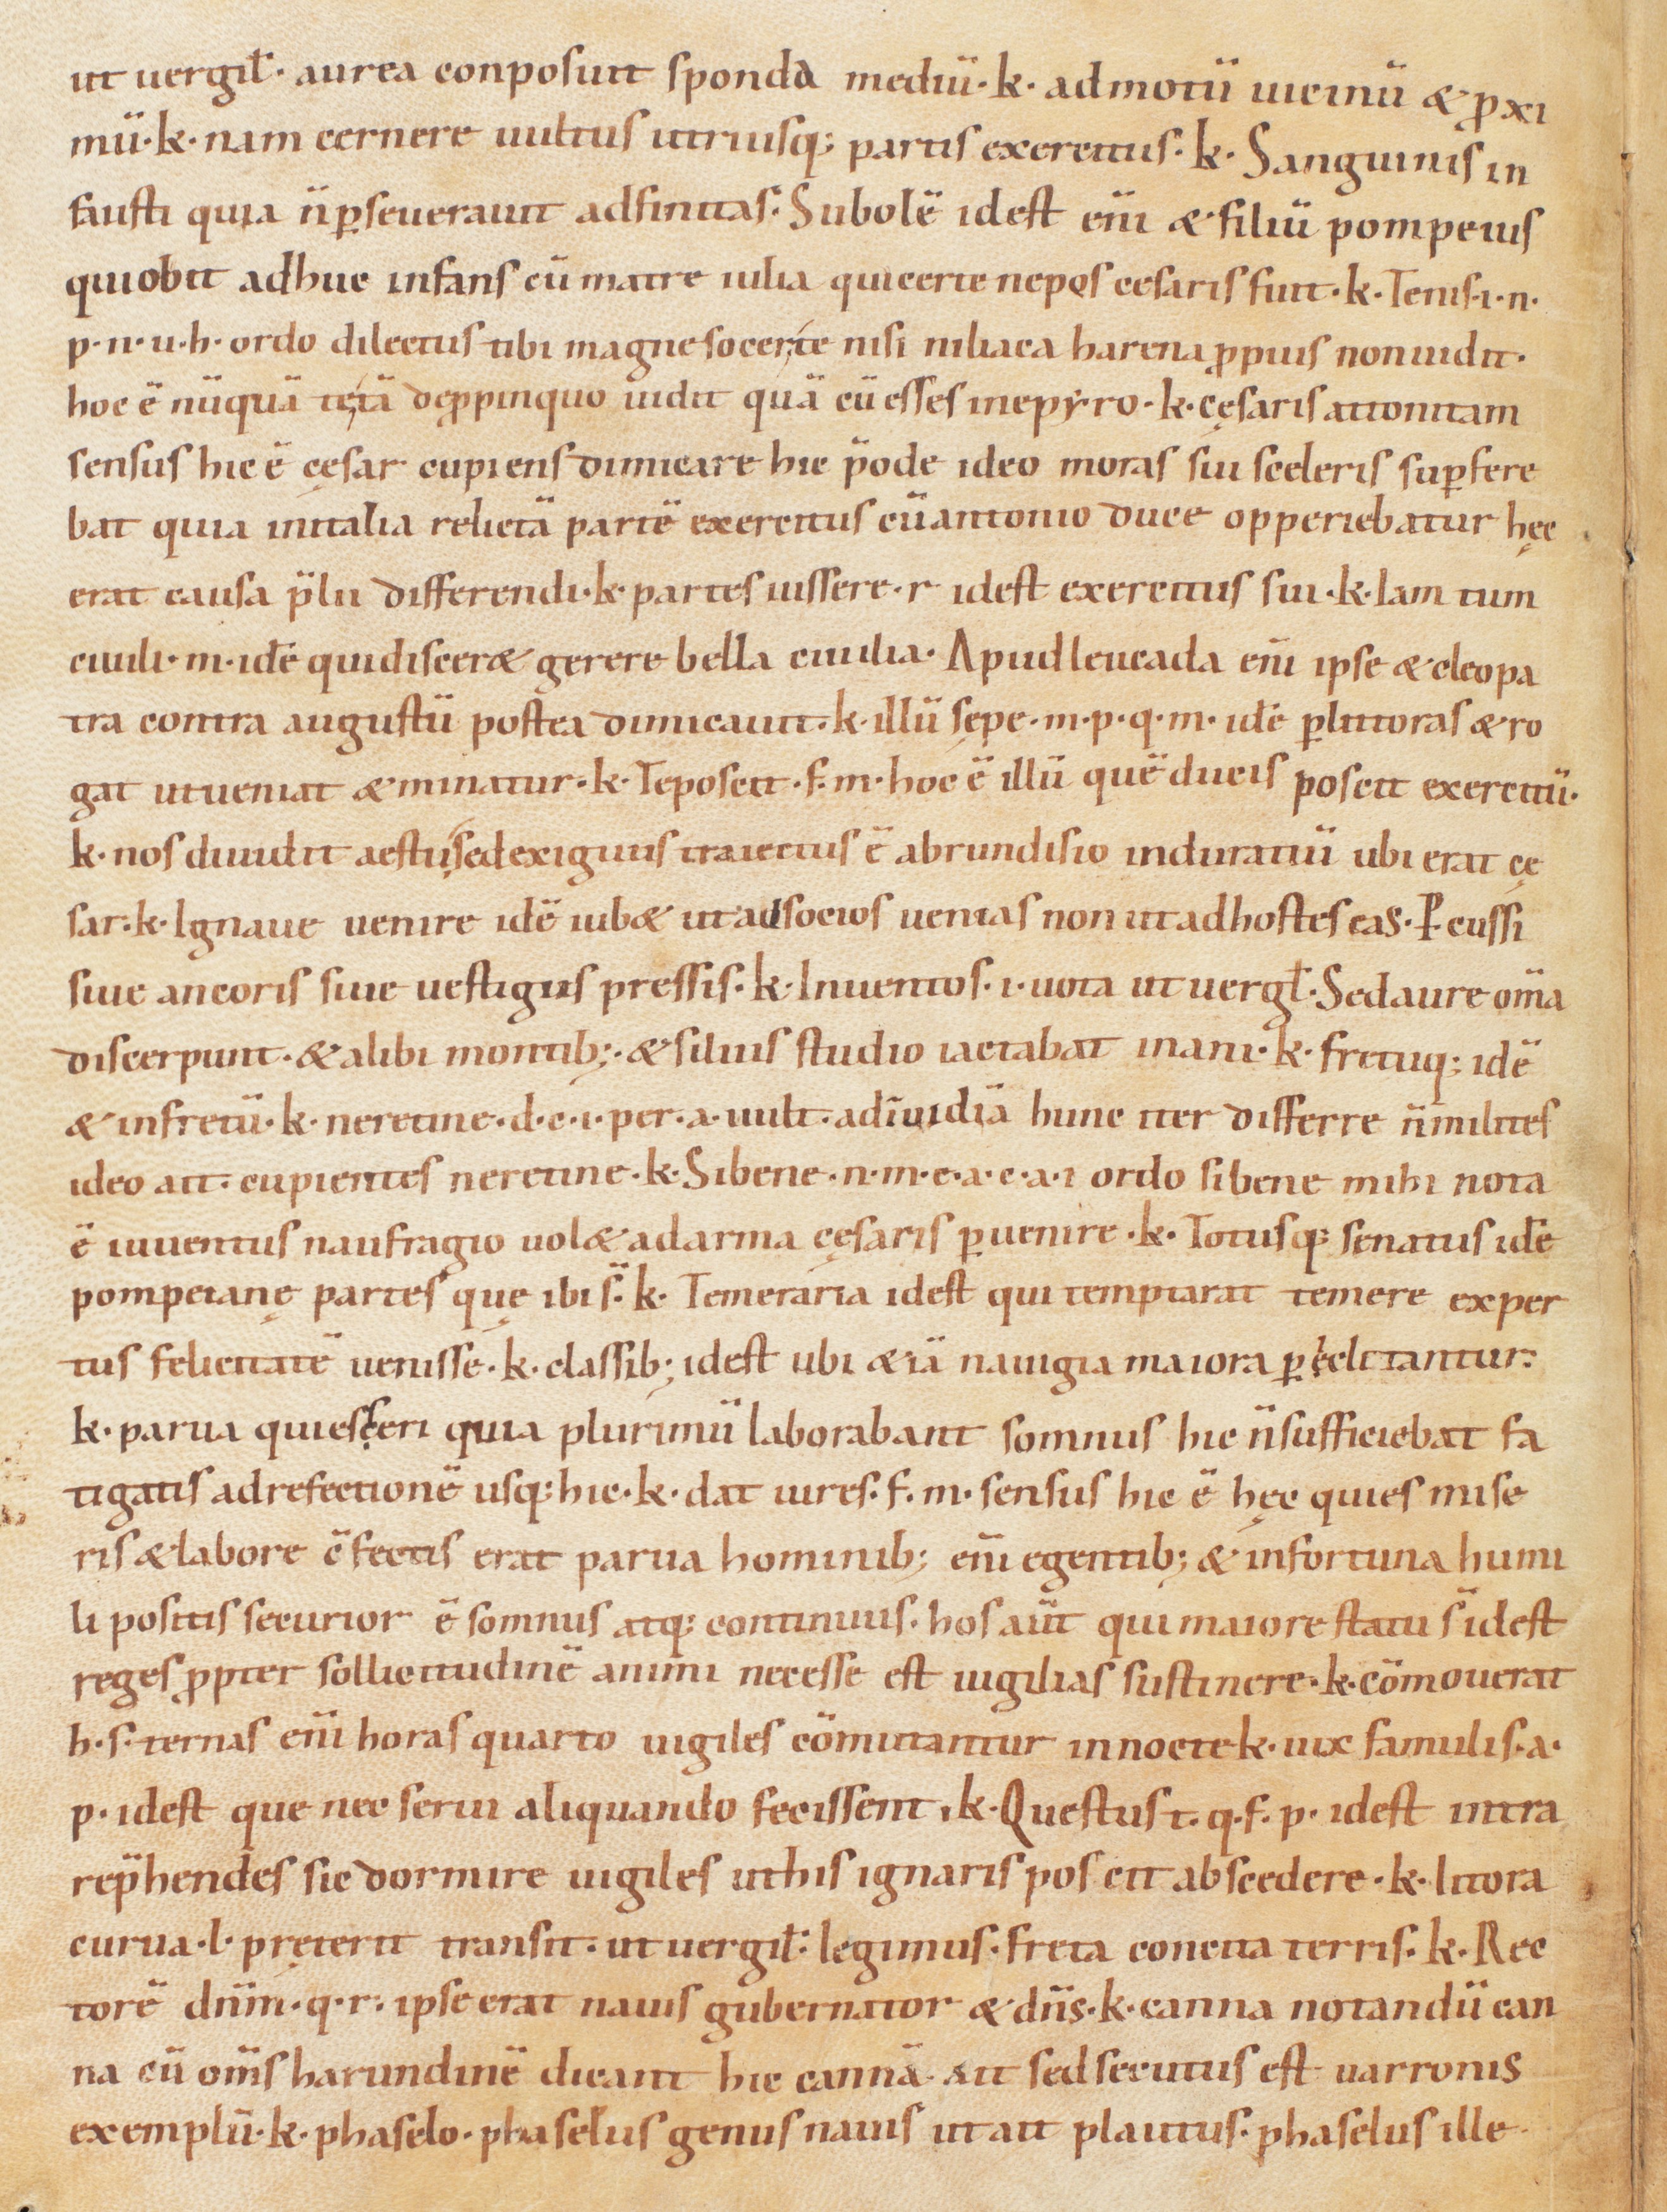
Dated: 1000–1099